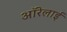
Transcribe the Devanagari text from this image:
ऑरेलाई